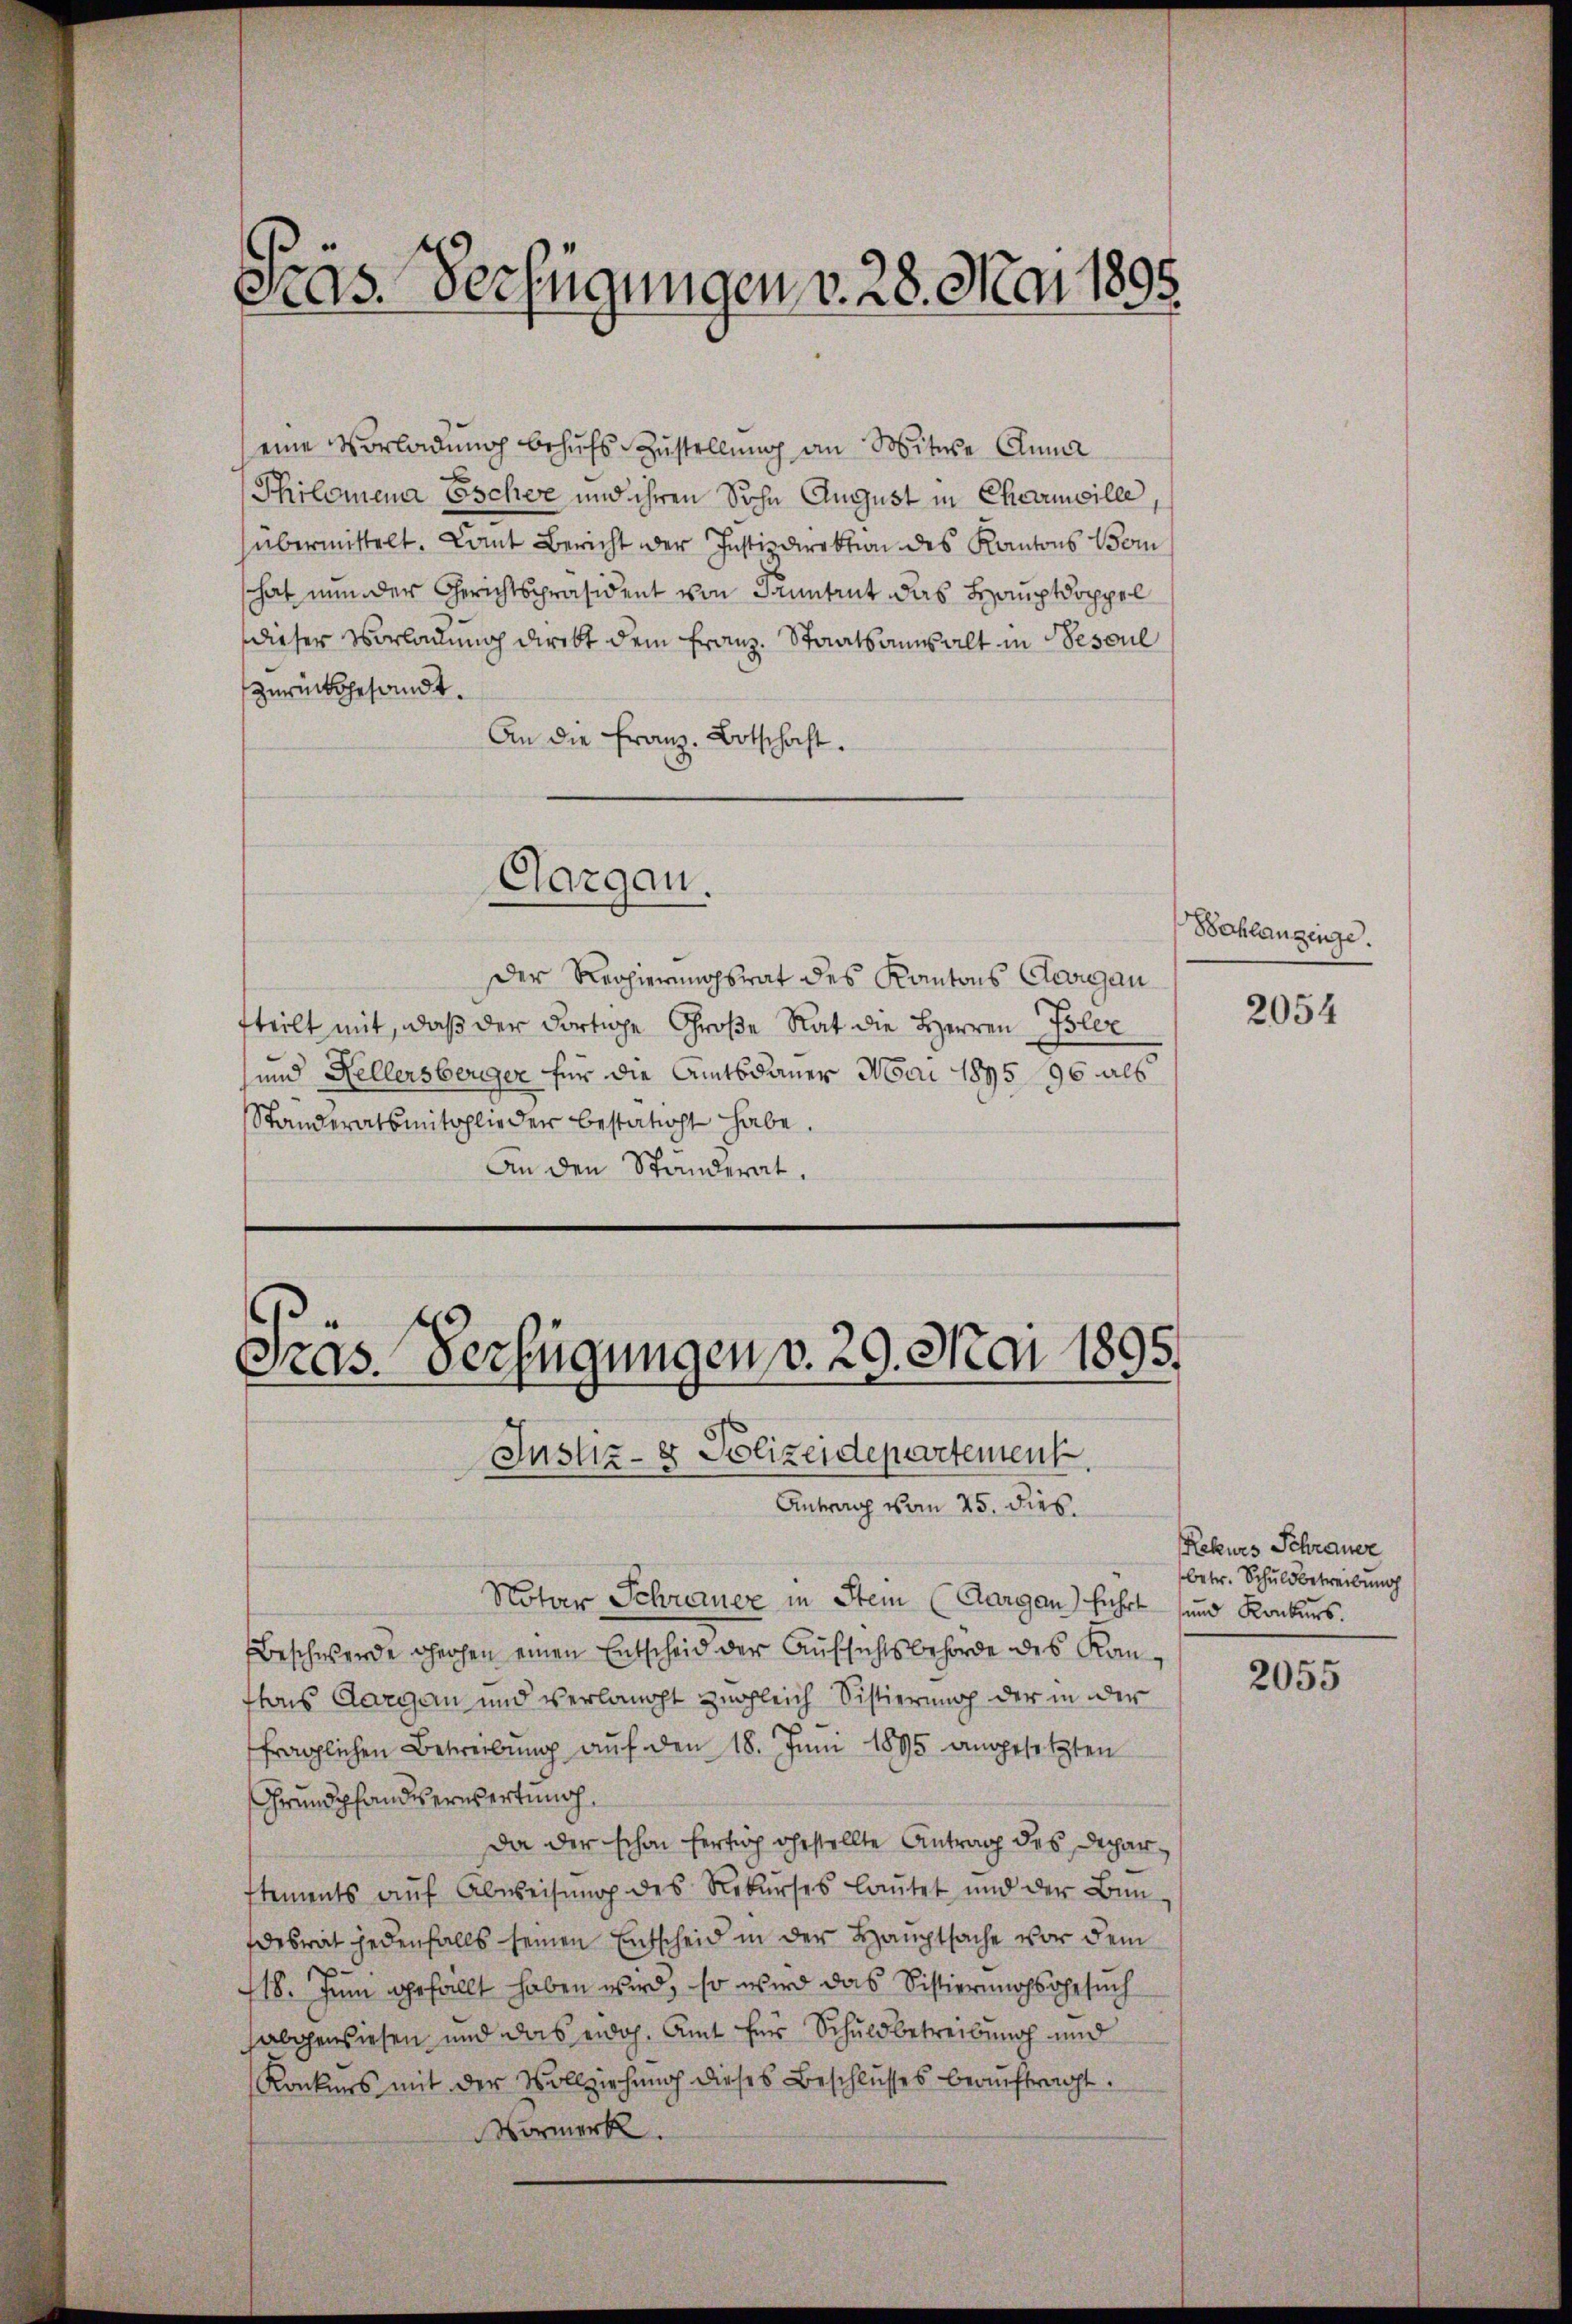
Srgs. Verfügungen v. 28. Mai 1805.

eine Vorladung behufs Zustellung an Molitike Cuma
Philomena Escher und ihren Sohn August in Chemicille
übermittelt. Dant Bericht der Instizdirektion des Kantons Bom
schat nun der Gerichtspräsident von Kanntrut das Hauptdoppel
dieser Vorladung direkt dem Franz. Staatsanwalt in Besoul
zurückgesandt.
An die Franz-Botschaft.

Aargau.

Der Regierungsrat des Kantons Georgan
fteilt mit, daß der dortige Große Rat die Herren Poliz
und Kellersberger für die Amtsdauer Mai 1895 96 als
Standeratsmitglieder bestatt habe.
An den Ständerat.

as. Verfügungen v. 29. Mai 1895.

Justiz- & Polizeidepartement.
Antrag vom 25. Dieb.
Notar Schrauer in Stein (Aargau) führt und Konkurs.
Beschwerde geohen einen Entscheid der Aufsichtsbehörde des Kanftons Aargau und verlangt zugleich Sistierung der in der
fraglichen Betreibŭng aŭf den 18. Juni 1895 angesetzten
Grundpfandserwertung,
Da der schon fertig ehestellte Antrag des Deparstements aŭf Abweisŭng des Rekŭrses laŭtet und der Bun-
desrat jedenfalls seinen Entscheid in der Hauptsache vor dem
418. Juni gefällt haben wird, so wird das Sistierungsgesuch
sabgewiesen, und das eidoh. Amt für Schuldbetreibung und
Konkurs mit der Vollziehung dieses Beschlusses beaŭftragt.
Vormerk.

Bohlangenge.

2054

Rekurs Schrauer
betr. Schuldbetreibung

2055